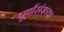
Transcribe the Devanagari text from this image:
पूर्णसंख्या